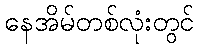
နေအိမ်တစ်လုံးတွင်